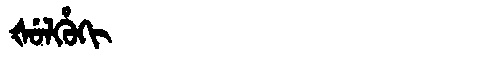
Manchu: ᡧᡠᠯᡥᡠᡴᡳ
Romanization: ŠULHUKI